Scottish Leaving Certificate Examination, 1956
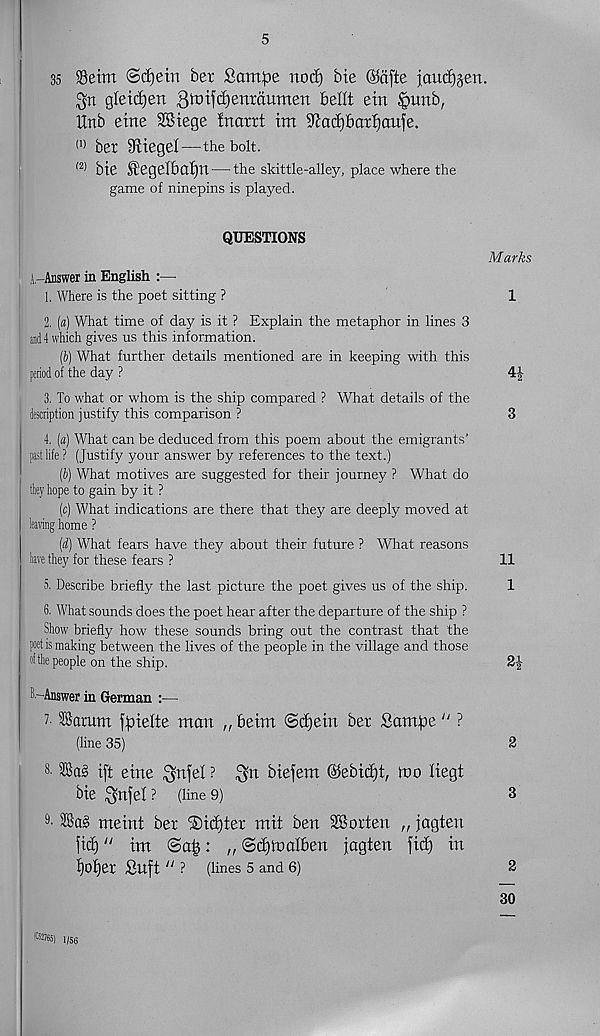
5
35 Seim Srfjetn ber Scrntpe nod) bte ©cifte joucfjjen.
gleidjen 3^ifd)enrdumen befit etn fpunb,
Xlnb erne SBiege fnarrt ttn iJtactibarfjaufe.
(1) ber 9tiegef—the bolt.
(2) bte ^egefbafjn — the skittle-alley, place where the
game of ninepins is played.
QUESTIONS
t- Answer in English
1. Where is the poet sitting ?
2. (a) What time of day is it ? Explain the metaphor in lines 3
and4 which gives us this information.
(b) What further details mentioned are in keeping with this
period of the day ?
3. To what or whom is the ship compared ? What details of the
description justify this comparison ?
Marks
1
4|
3
4. [a) What can be deduced from this poem about the emigrants’
past life ? (Justify your answer by references to the text.)
(b) What motives are suggested for their journey ? What do
tiiey hope to gain by it ?
(c) What indications are there that they are deeply moved at
leaving home ?
[A] What fears have they about their future ? What reasons
have they for these fears ?
11
5. Describe briefly the last picture the poet gives us of the ship.
1
6. What sounds does the poet hear after the departure of the ship ?
Show briefly how these sounds bring out the contrast that the
poet is making between the lives of the people in the village and those
ofthe people on the ship.
2|-
El-Answer in German :—
?• ffictrum j^tefte man „ betm ©djein ber Sampe “ ?
(line 35)
2
8- 28as ift eine 3nfef ? ^tt btefem @ebtd)t, mo fiegt
bte Qmjef ? (line 9)
3
9 ' 2BaS meint ber ®td)fer mit ben SSorfen „ jagten
ltd)" tm
: „ ©djmalben jagten fid) in
f)of)er Suft “ ? (lines 5 and 6)
2
30
taS) l/5 6